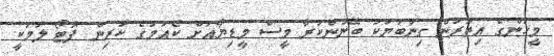
މީހުންގެ އިތުރުން ގިނަބަޔަކު ބޭނުންކުރާ މީސް މީޑިޔާއަށް ކެއުުމުގެ ކުރިން ފޮޓޯ ލުމަކީ